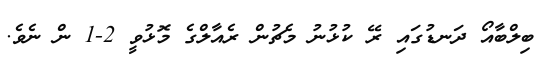
ބިލްބާއޯ ދަނޑުގައި ރޭ ކުޅުނު މެޗުން ރެއާލްގެ މޮޅުވީ 2-1 ން ނެވެ.